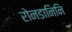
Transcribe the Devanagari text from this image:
रोनडानिनि